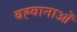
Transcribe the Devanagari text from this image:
बह्वानाओं